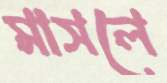
মাসলে